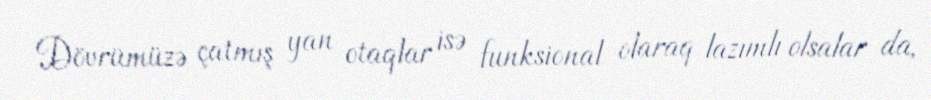
Dövrümüzə çatmış yan otaqlar isə funksional olaraq lazımlı olsalar da,